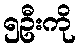
၅ဦးကို